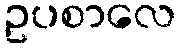
ဥပစာလေ